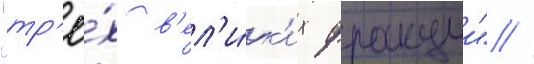
"тр'ё́х в'ел'и́к'их фракции" //